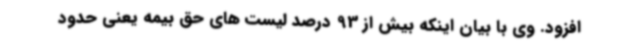
افزود. وی با بیان اینکه بیش از 93 درصد لیست های حق بیمه یعنی حدود